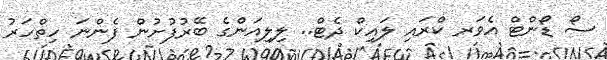
ސޯ ޑޯންޓް އެވަރ ކްރައި ލައިކް ދެޓް.. ލިލިއަންގެ ބޭރުފުށުން ފެންނަ ހިތްހަރު